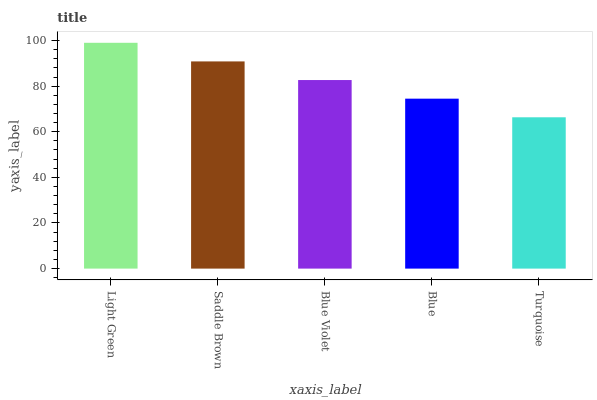
| xaxis_label | bars |
 | --- | --- |
 | Light Green | 99 |
 | Saddle Brown | 90.8 |
 | Blue Violet | 82.7 |
 | Blue | 74.5 |
 | Turquoise | 66.3 |